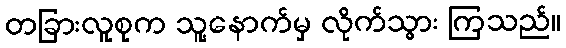
တခြားလူစုက သူ့နောက်မှ လိုက်သွား ကြသည်။